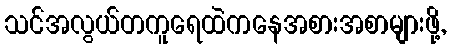
သင်အလွယ်တကူရေထဲကနေအစားအစာများဖို့,